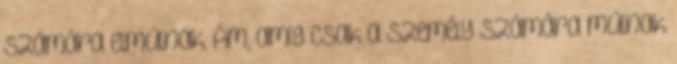
számára elmúlnak. Ám, amíg csak a személy számára múlnak